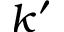
k ^ { \prime }